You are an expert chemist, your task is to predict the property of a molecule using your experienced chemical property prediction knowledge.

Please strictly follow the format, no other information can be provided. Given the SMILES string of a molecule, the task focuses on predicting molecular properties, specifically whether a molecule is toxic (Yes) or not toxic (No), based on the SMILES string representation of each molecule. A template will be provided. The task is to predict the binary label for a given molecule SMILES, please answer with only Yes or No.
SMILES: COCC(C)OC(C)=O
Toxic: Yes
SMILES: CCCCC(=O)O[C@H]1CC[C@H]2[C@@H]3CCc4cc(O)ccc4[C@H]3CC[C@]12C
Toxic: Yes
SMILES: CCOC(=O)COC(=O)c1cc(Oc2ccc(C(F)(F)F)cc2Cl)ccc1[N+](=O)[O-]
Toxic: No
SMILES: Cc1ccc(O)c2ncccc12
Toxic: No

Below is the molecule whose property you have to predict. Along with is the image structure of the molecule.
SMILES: C[N+]1(C)CCCCC1
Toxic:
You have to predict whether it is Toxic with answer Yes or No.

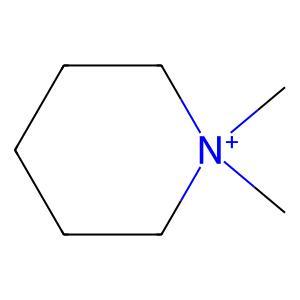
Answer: No